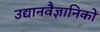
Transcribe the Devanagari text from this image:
उद्यानवैज्ञानिकों